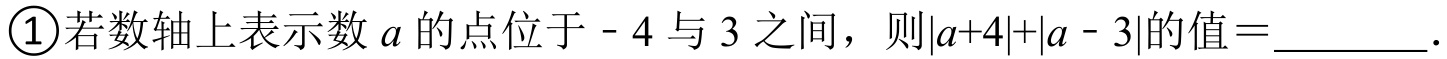
\textcircled{1}若数轴上表示数\(a\)的点位于 - 4 与 3 之间，则\(\vert a + 4\vert+\vert a - 3\vert\)的值\(=\)__________.